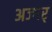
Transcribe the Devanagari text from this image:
अज्गर्